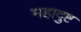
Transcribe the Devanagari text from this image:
महादुष्ट